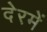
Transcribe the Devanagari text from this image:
देरमें